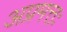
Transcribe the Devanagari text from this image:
अप्रमत्तः